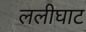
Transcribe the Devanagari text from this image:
ललीघाट